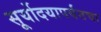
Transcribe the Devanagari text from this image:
सूर्योदयापर्यंतचा